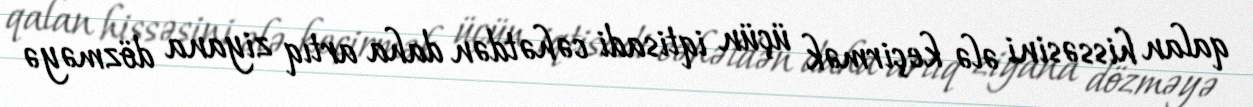
qalan hissəsini ələ keçirmək üçün iqtisadi cəhətdən daha artıq ziyana dözməyə